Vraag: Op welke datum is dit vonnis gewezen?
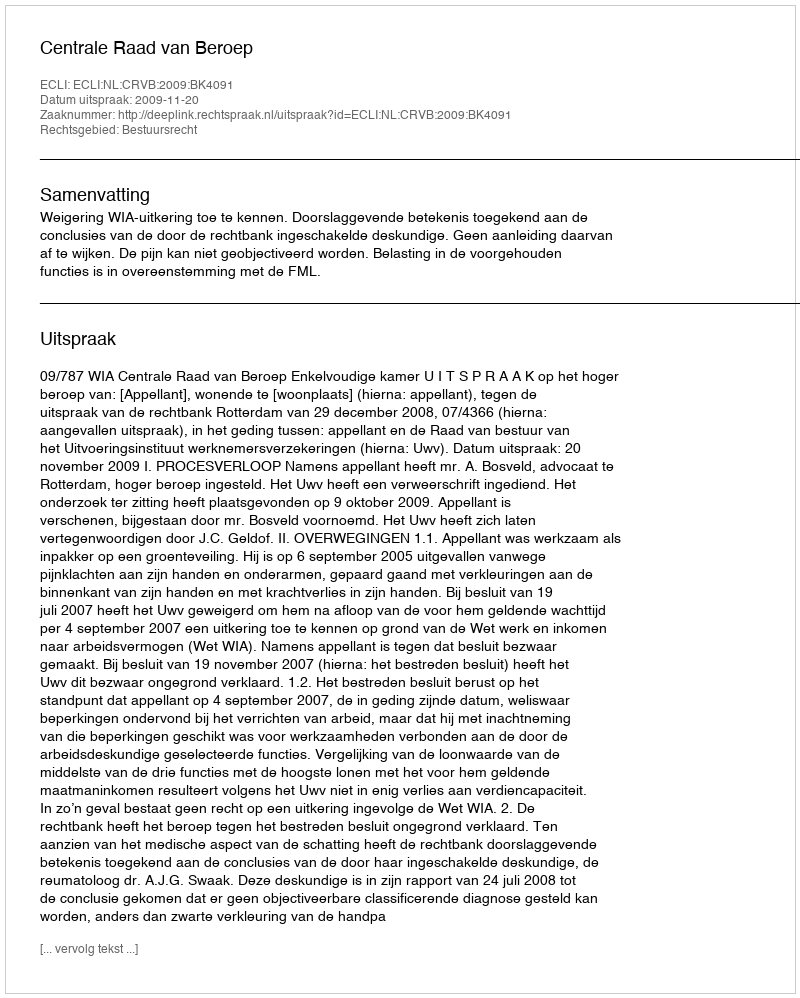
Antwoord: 2009-11-20